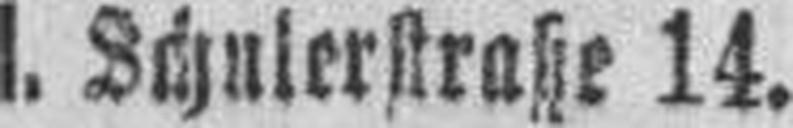
I. Schulerstraße 14.